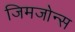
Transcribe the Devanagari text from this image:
जिमजोन्स